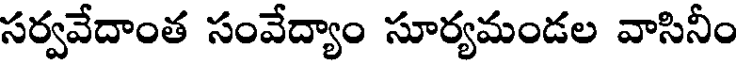
సర్వవేదాంత సంవేద్యాం సూర్యమండల వాసినీం